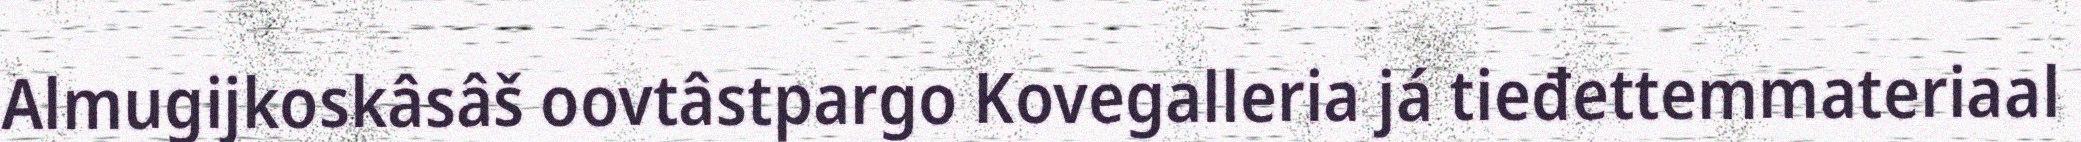
Almugijkoskâsâš oovtâstpargo Kovegalleria já tieđettemmateriaal